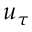
u _ { \tau }